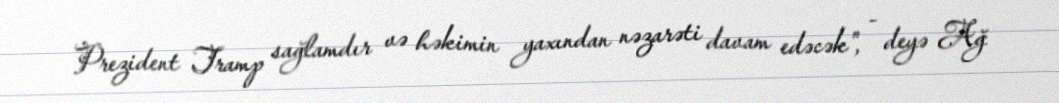
Prezident Tramp sağlamdır və həkimin yaxından nəzarəti davam edəcək", - deyə Ağ